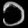
Digit: ၁